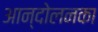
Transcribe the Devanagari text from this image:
आन्दोलनका